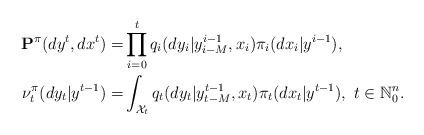
LaTeX: \begin{align*}{\bf P}^{\pi}(dy^t, dx^t) =&\prod_{i=0}^tq_i(dy_i|y_{i-M}^{i-1}, x_i)\pi_i(dx_i|y^{i-1}), \\\nu_t^{\pi}(dy_t|y^{t-1}) =&\int_{{\cal X}_t} q_t(dy_t|y_{t-M}^{t-1}, x_t)\pi_t(dx_t|y^{t-1}),~t\in\mathbb{N}_0^{n}.\end{align*}